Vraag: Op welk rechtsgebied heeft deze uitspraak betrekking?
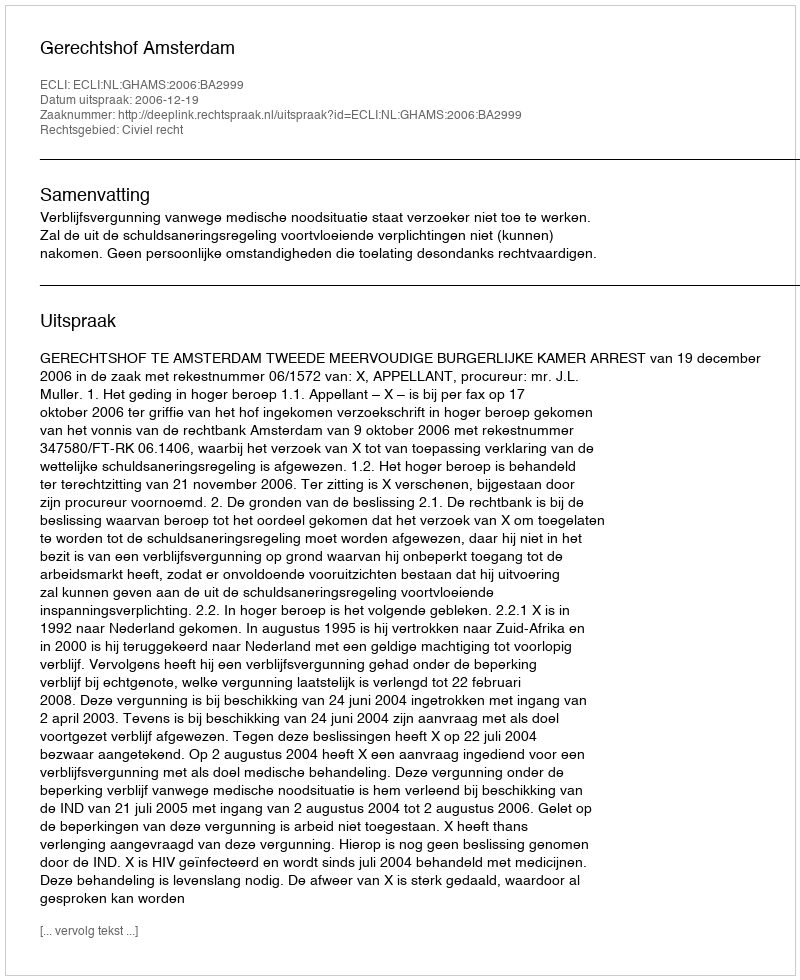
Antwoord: Civiel recht